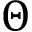
\Theta